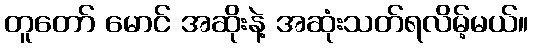
တူတော် မောင် အဆိုးနဲ့ အဆုံးသတ်ရလိမ့်မယ်။